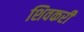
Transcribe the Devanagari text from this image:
शिवकरी